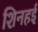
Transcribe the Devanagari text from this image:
शिनहई